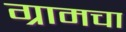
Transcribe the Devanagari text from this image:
ग्रामचा